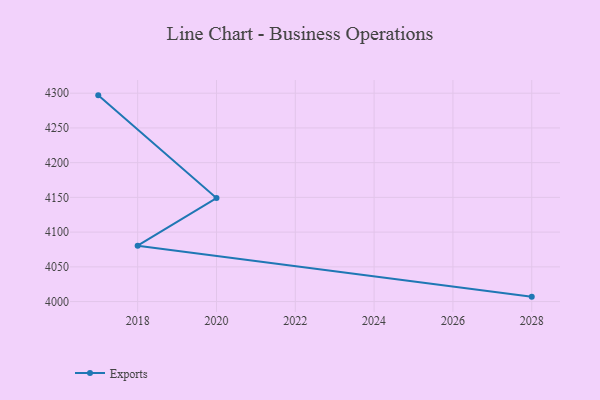
{"axis": {"x": "Year", "y": "Satisfaction Score"}, "legend": ["Exports"], "data": [{"x": "2017", "y": 4296.9, "type": "Exports"}, {"x": "2020", "y": 4149.0, "type": "Exports"}, {"x": "2018", "y": 4080.4, "type": "Exports"}, {"x": "2028", "y": 4007.1, "type": "Exports"}]}